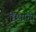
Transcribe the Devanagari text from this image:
छिपानी